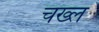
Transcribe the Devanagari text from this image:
चख्ल